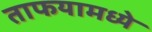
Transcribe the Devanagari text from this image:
ताफयामध्ये